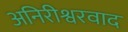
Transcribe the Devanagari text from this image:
अनिरीश्वरवाद